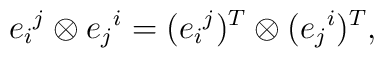
e_i{}^j \otimes e_j{}^i = (e_i{}^j)^T \otimes (e_j{}^i)^T,